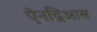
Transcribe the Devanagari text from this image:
ऐनद्रिआस